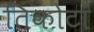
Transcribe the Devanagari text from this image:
तिकोटा